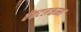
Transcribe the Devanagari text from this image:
वेंकटलक्षम्मा